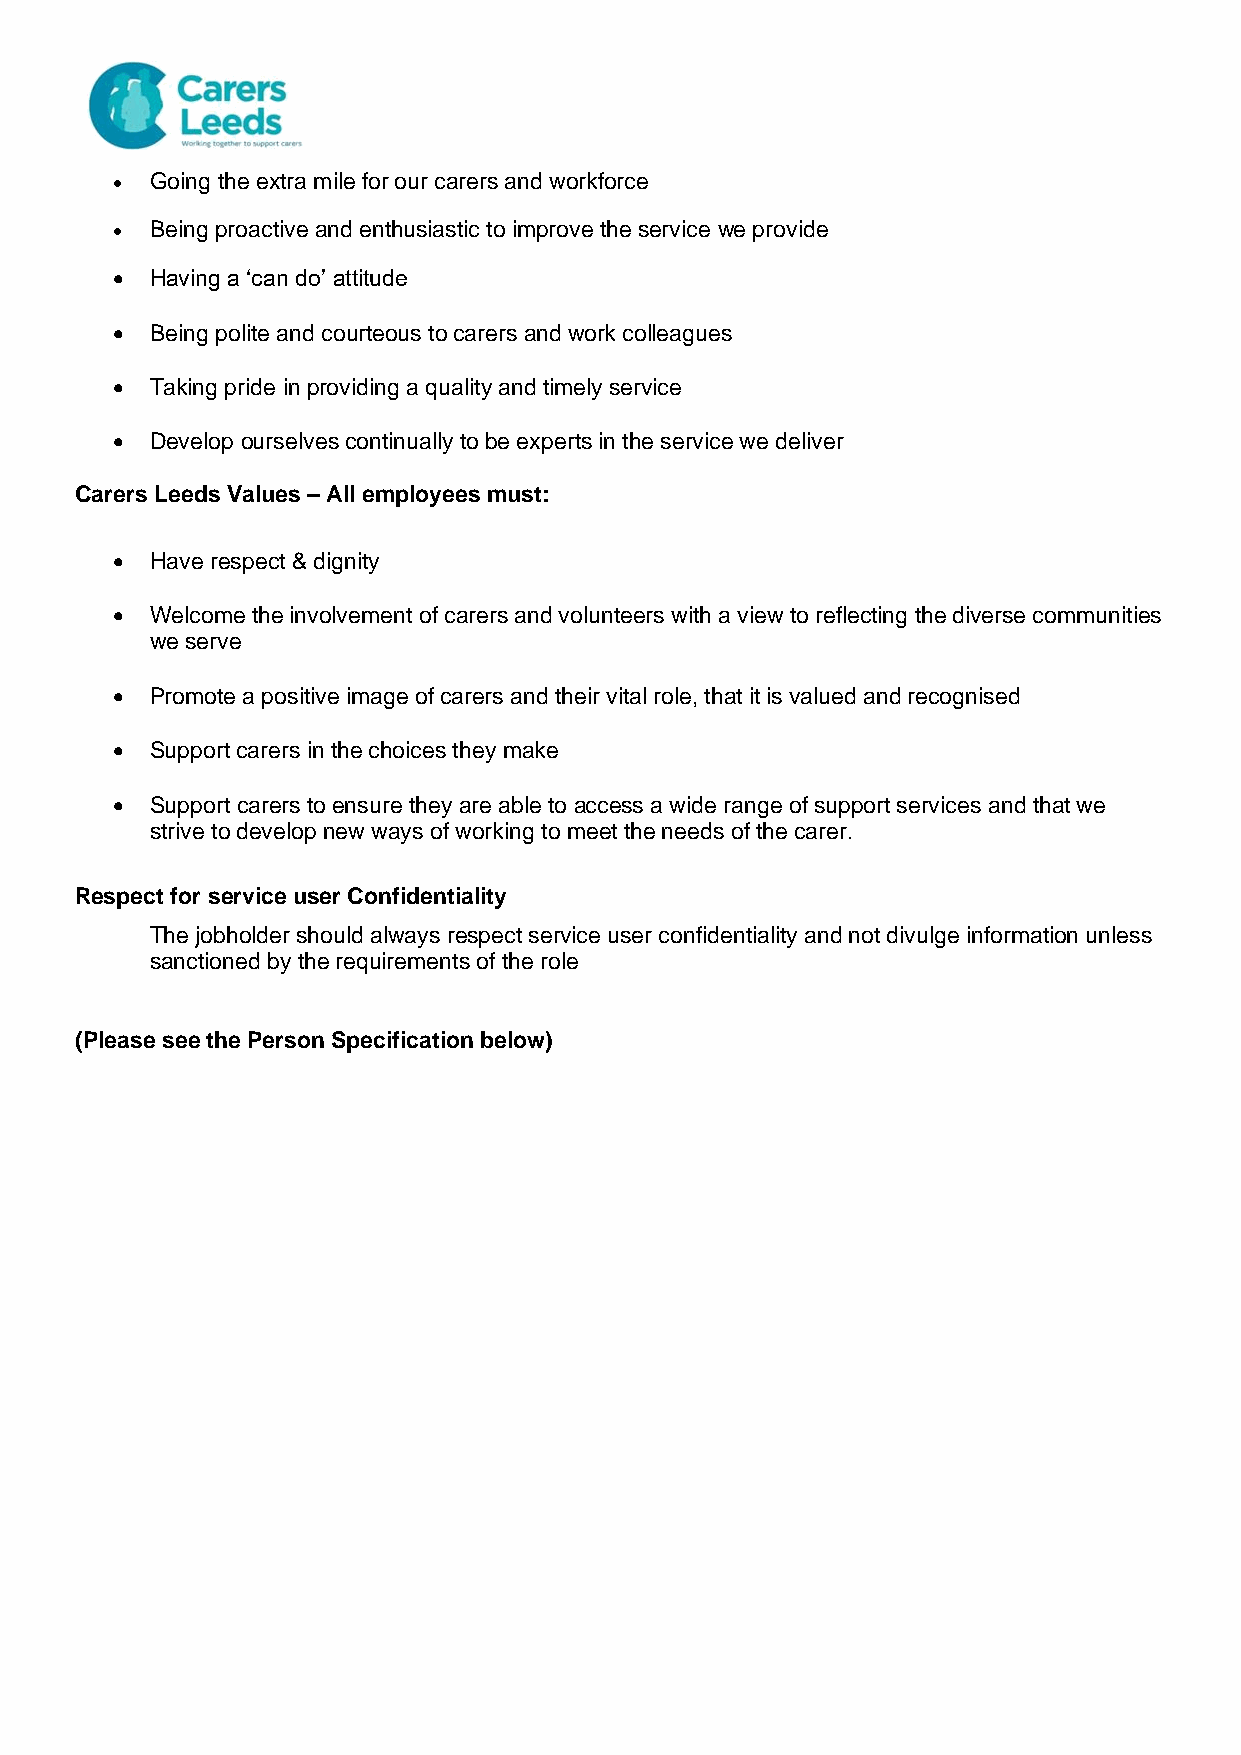
•  Going the extra mile for our carers and workforce
 •  Being proactive and enthusiastic to improve the service we provide
 •  Having a ‘can do’ attitude
 •  Being polite and courteous to carers and work colleagues
 •  Taking pride in providing a quality and timely service
 •  Develop ourselves continually to be experts in the service we deliver
 Carers Leeds Values – All employees must:
 •  Have respect & dignity
 •  Welcome the involvement of carers and volunteers with a view to reflecting the diverse communities
 we serve
 •  Promote a positive image of carers and their vital role, that it is valued and recognised
 •  Support carers in the choices they make
 •  Support carers to ensure they are able to access a wide range of support services and that we
 strive to develop new ways of working to meet the needs of the carer.
 Respect for service user Confidentiality
 The jobholder should always respect service user confidentiality and not divulge information unless
 sanctioned by the requirements of the role
 (Please see the Person Specification below)